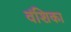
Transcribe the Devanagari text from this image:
वंशिका